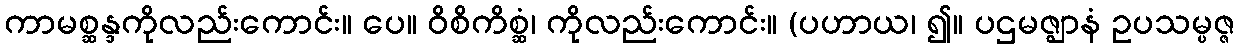
ကာမစ္ဆန္ဒကိုလည်းကောင်း။ ပေ။ ဝိစိကိစ္ဆံ၊ ကိုလည်းကောင်း။ (ပဟာယ၊ ၍။ ပဌမဇ္ဈာနံ ဥပသမ္ပဇ္ဇ